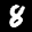
Label: 8